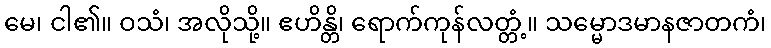
မေ၊ ငါ၏။ ဝသံ၊ အလိုသို့။ ဧဟိန္တိ၊ ရောက်ကုန်လတ္တံ့။ သမ္မောဒမာနဇာတကံ၊